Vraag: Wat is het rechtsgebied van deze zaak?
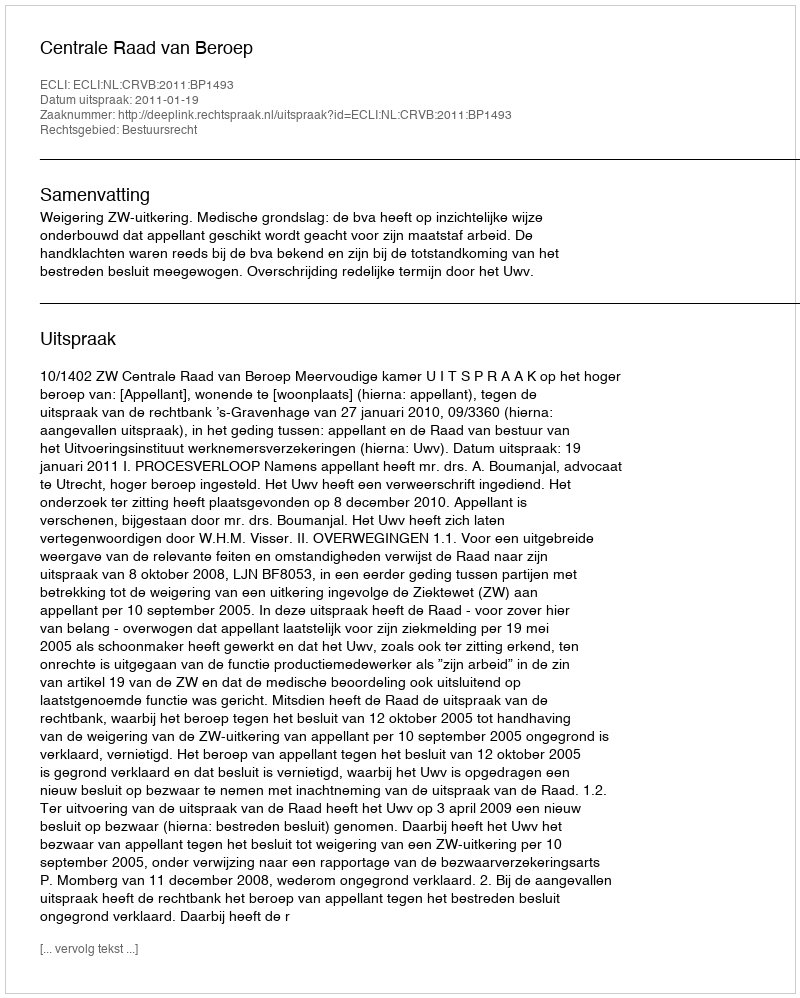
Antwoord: Bestuursrecht